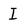
Character: I